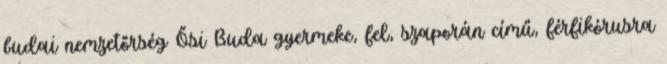
budai nemzetőrség Ősi Buda gyermeke, fel, szaporán című, férfikórusra